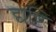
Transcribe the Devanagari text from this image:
द्यष्टि